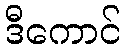
ဒီကောင်